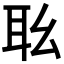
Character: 𦔷